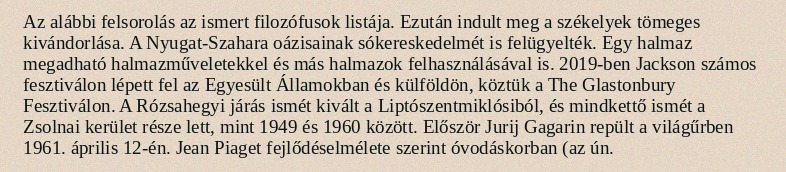
Az alábbi felsorolás az ismert filozófusok listája. Ezután indult meg a székelyek tömeges kivándorlása. A Nyugat-Szahara oázisainak sókereskedelmét is felügyelték. Egy halmaz megadható halmazműveletekkel és más halmazok felhasználásával is. 2019-ben Jackson számos fesztiválon lépett fel az Egyesült Államokban és külföldön, köztük a The Glastonbury Fesztiválon. A Rózsahegyi járás ismét kivált a Liptószentmiklósiból, és mindkettő ismét a Zsolnai kerület része lett, mint 1949 és 1960 között. Először Jurij Gagarin repült a világűrben 1961. április 12-én. Jean Piaget fejlődéselmélete szerint óvodáskorban (az ún.